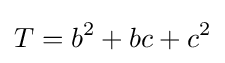
T=b^{2}+bc+c^{2}